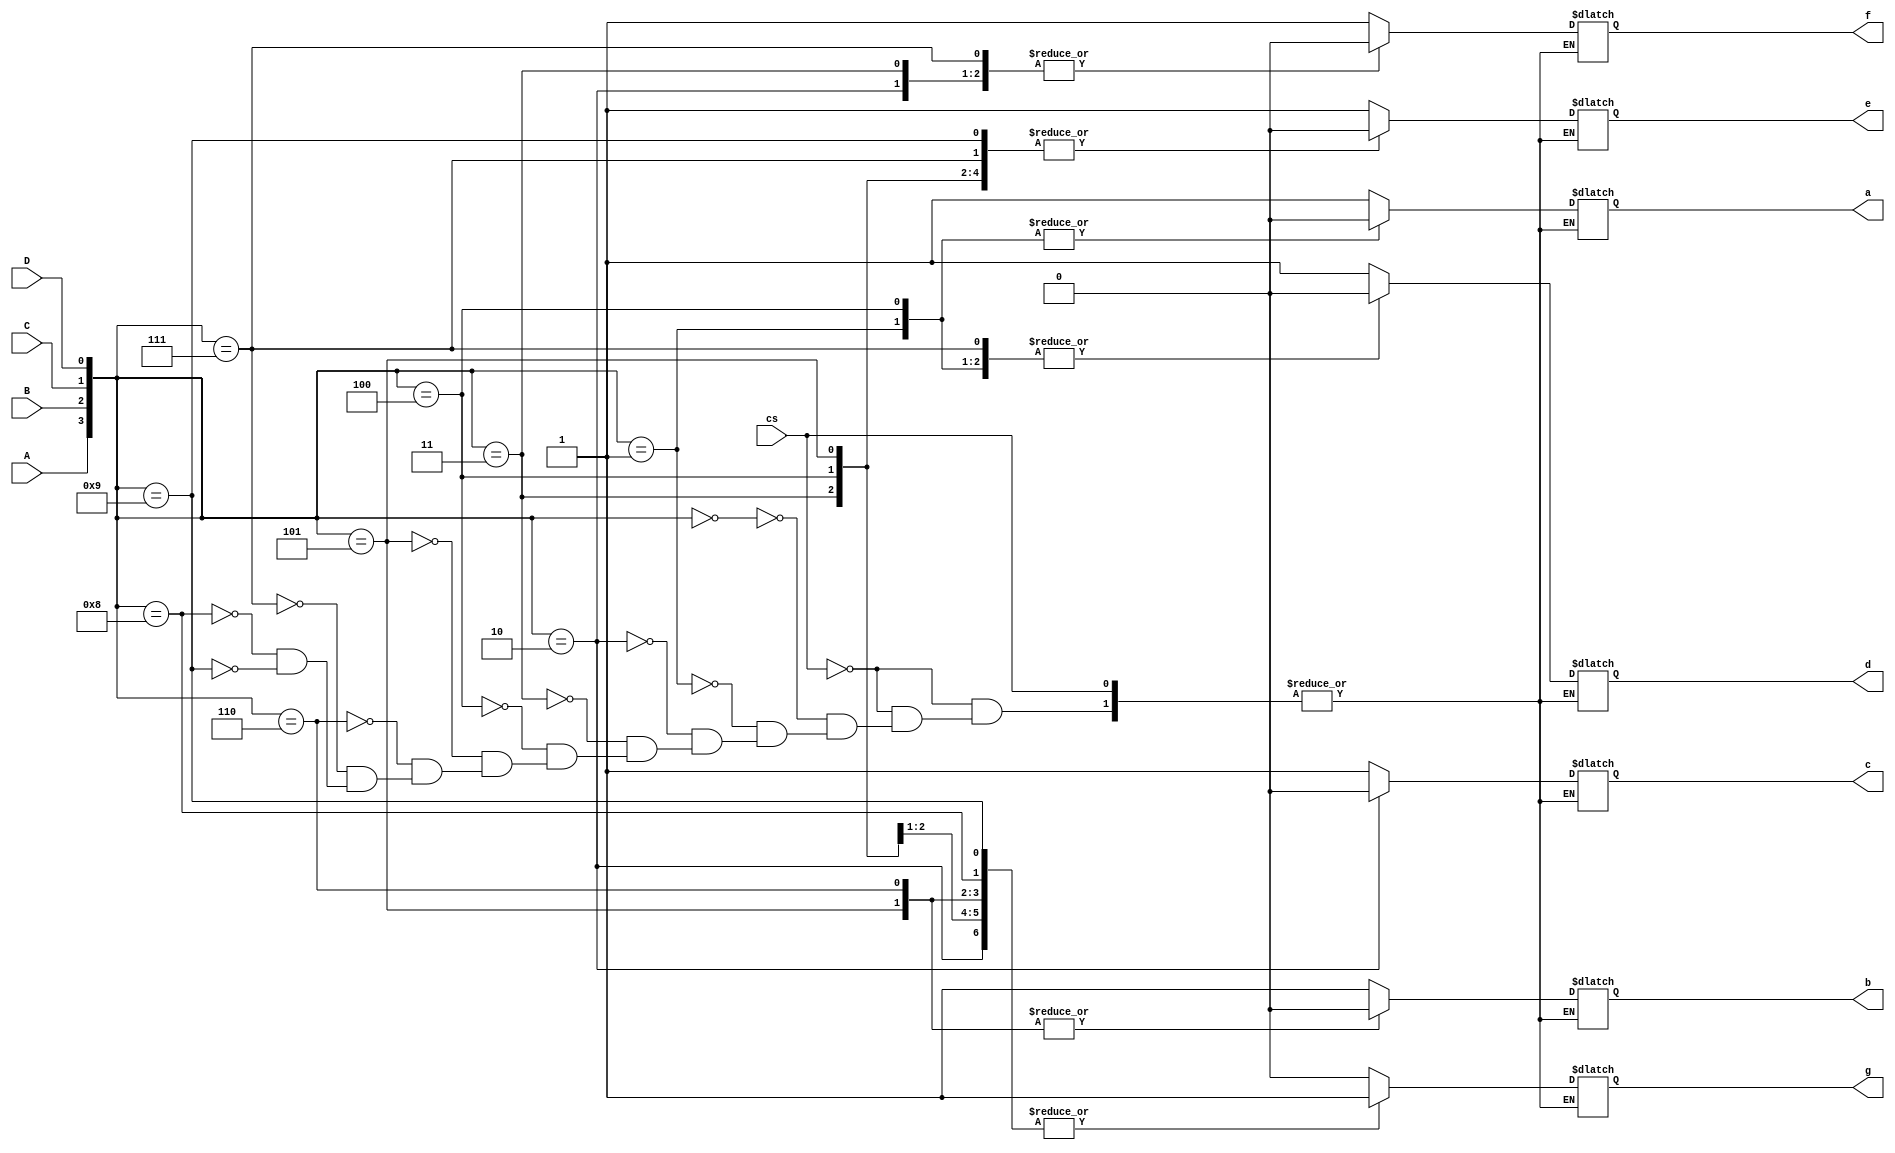
module seven_segment(input A,B,C,D ,output reg g,f,e,d,c,b,a,input cs);
  
  always@(A,B,C,D)
    begin
      if (~cs) begin
      case ({A,B,C,D})
        4'b0000 : {g,f,e,d,c,b,a} = 7'h3f;
        4'b0001 : {g,f,e,d,c,b,a} = 7'h06;
        4'b0010 : {g,f,e,d,c,b,a} = 7'h5b;
        4'b0011 : {g,f,e,d,c,b,a} = 7'h4f;
        4'b0100 : {g,f,e,d,c,b,a} = 7'h66;
        4'b0101 : {g,f,e,d,c,b,a} = 7'h6d;
        4'b0110 : {g,f,e,d,c,b,a} = 7'h7d;
        4'b0111 : {g,f,e,d,c,b,a} = 7'h07;
        4'b1000 : {g,f,e,d,c,b,a} = 7'h7f;
        4'b1001 : {g,f,e,d,c,b,a} = 7'h6f;
      endcase
      end
    end
endmodule